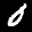
Label: 0